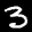
Label: 3